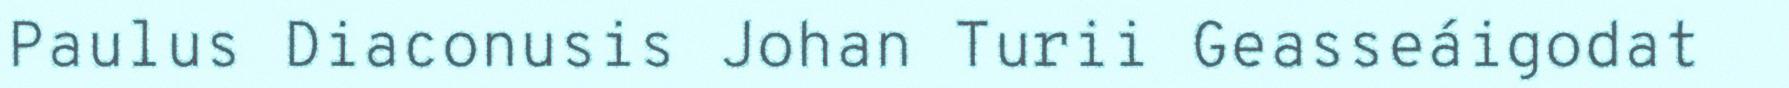
Paulus Diaconusis Johan Turii Geasseáigodat